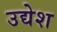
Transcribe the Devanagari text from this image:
उद्येश